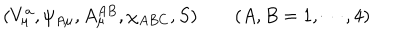
( V _ { \mu } ^ { a } , \psi _ { A \mu } , A _ { \mu } ^ { A B } , \chi _ { A B C } , S ) \quad \quad ( A , B = 1 , \cdots , 4 )